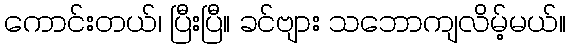
ကောင်းတယ်၊ ပြီးပြီ။ ခင်ဗျား သဘောကျလိမ့်မယ်။